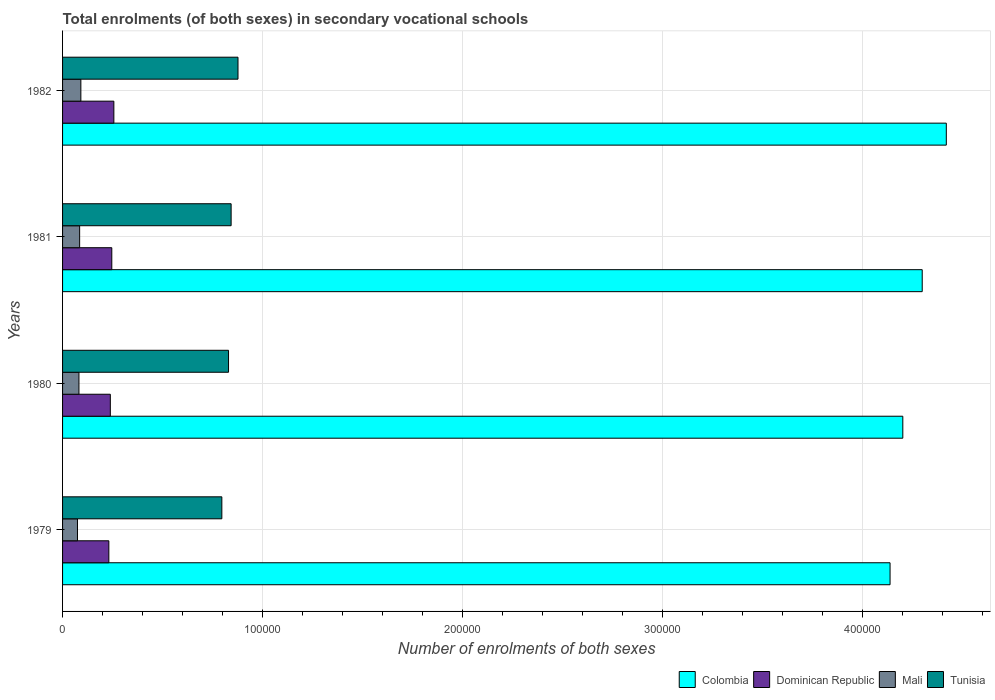
| Years | Colombia | Dominican Republic | Mali | Tunisia |
 | --- | --- | --- | --- | --- |
 | 1979 | 4.14e+05 | 2.31e+04 | 7.46e+03 | 7.96e+04 |
 | 1980 | 4.2e+05 | 2.39e+04 | 8.19e+03 | 8.3e+04 |
 | 1981 | 4.3e+05 | 2.46e+04 | 8.54e+03 | 8.43e+04 |
 | 1982 | 4.42e+05 | 2.56e+04 | 9.15e+03 | 8.77e+04 |